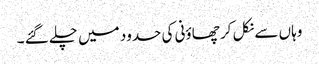
وہاں سے نکل کر چھاؤنی کی حدود میں چلے گئے ۔